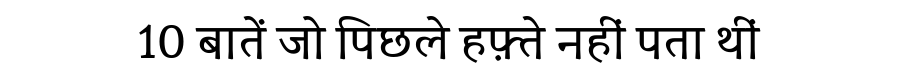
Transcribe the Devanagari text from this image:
10 बातें जो पिछले हफ़्ते नहीं पता थीं